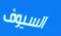
السيوف